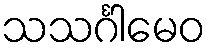
သသင်္ဂါမေဝ